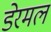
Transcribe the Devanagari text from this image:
डेरमल